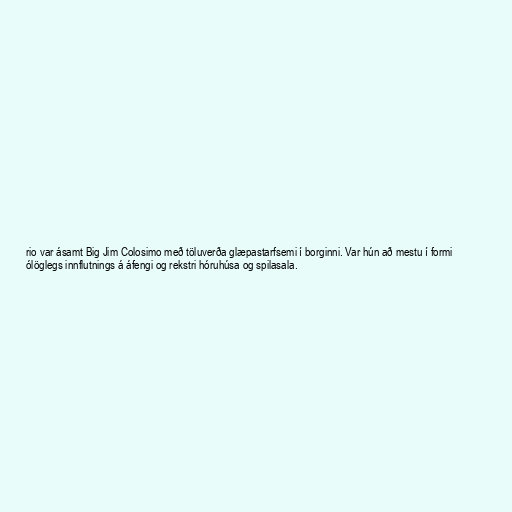
rio var ásamt Big Jim Colosimo með töluverða glæpastarfsemi í borginni. Var hún að mestu í formi
ólöglegs innflutnings á áfengi og rekstri hóruhúsa og spilasala.